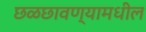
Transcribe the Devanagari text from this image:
छळछावण्यामधील